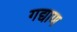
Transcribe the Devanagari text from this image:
गद्याण